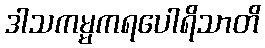
ဒါသကမ္မကရပေါရိသာတိ